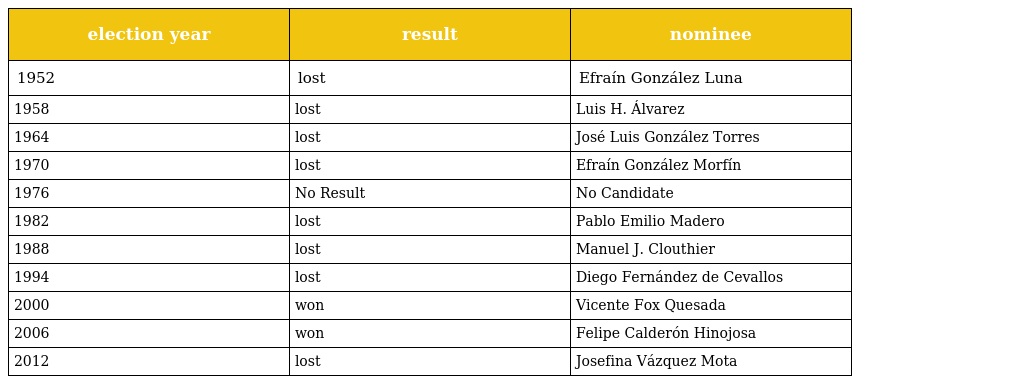
| election year | result | nominee |
 | --- | --- | --- |
 | 1952 | lost | Efraín González Luna |
 | 1958 | lost | Luis H. Álvarez |
 | 1964 | lost | José Luis González Torres |
 | 1970 | lost | Efraín González Morfín |
 | 1976 | No Result | No Candidate |
 | 1982 | lost | Pablo Emilio Madero |
 | 1988 | lost | Manuel J. Clouthier |
 | 1994 | lost | Diego Fernández de Cevallos |
 | 2000 | won | Vicente Fox Quesada |
 | 2006 | won | Felipe Calderón Hinojosa |
 | 2012 | lost | Josefina Vázquez Mota |